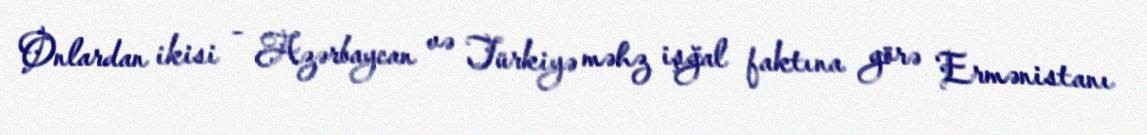
Onlardan ikisi - Azərbaycan və Türkiyə məhz işğal faktına görə Ermənistanı